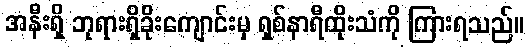
အနီးရှိ ဘုရားရှိခိုးကျောင်းမှ ရှစ်နာရီထိုးသံကို ကြားရသည်။